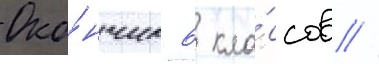
Око́нчил 6 кла́ссов //